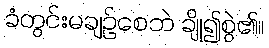
ခံတွင်းမချဉ်စေဘဲ ချို၍စွဲ၏။